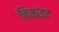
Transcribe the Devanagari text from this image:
चिनावट